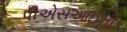
પીએસઆઈની